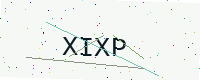
Text: XIXP